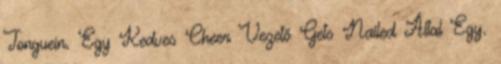
Tonguein. Egy Kedves Cheer Vezető Gets Nailed Által Egy.